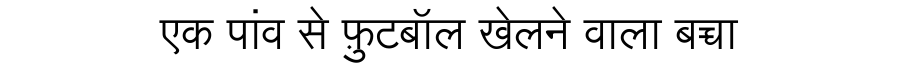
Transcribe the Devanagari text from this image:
एक पांव से फ़ुटबॉल खेलने वाला बच्चा